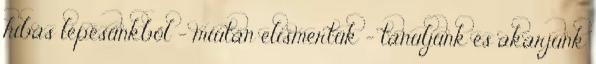
hibás lépésünkből - miután elismertük - tanuljunk és akarjunk